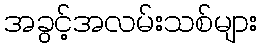
အခွင့်အလမ်းသစ်များ